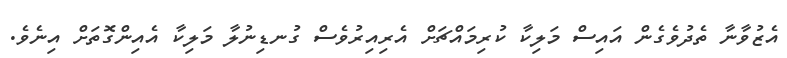
އެޒުވާނާ ތެދުވެގެން އައިސް މަލިކާ ކުރިމައްޗަށް އެރިއިރުވެސް ގުނޑިނުލާ މަލިކާ އެއިންގޮތަށް އިނެވެ.